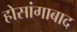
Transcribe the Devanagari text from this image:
होसांगाबाद